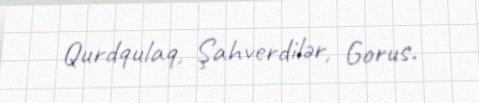
Qurdqulaq, Şahverdilər, Gorus.